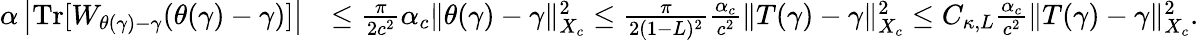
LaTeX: \begin{array}{rl}{\alpha\left|{\mathrm{Tr}}[W_{\theta(\gamma)-\gamma}(\theta(\gamma)-\gamma)]\right|}&{\leq\frac{\pi}{2c^{2}}\alpha_{c}\| \theta(\gamma)-\gamma\| _{X_{c}}^{2}\leq\frac{\pi}{2(1-L)^{2}}\frac{\alpha_{c}}{c^{2}}\| T(\gamma)-\gamma\| _{X_{c}}^{2}\leq C_{\kappa,L}\frac{\alpha_{c}}{c^{2}}\| T(\gamma)-\gamma\| _{X_{c}}^{2}.}\end{array}